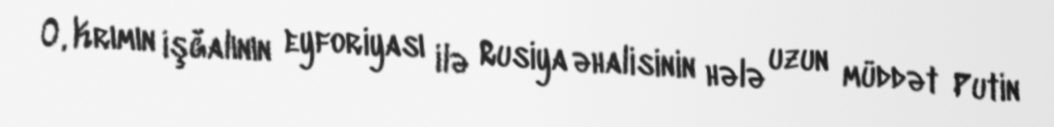
O, Krımın işğalının eyforiyası ilə Rusiya əhalisinin hələ uzun müddət Putin